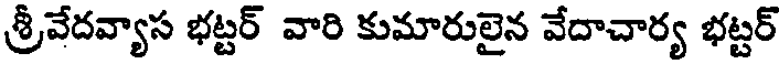
శ్రీవేదవ్యాస భట్టర్ వారి కుమారులైన వేదాచార్య భట్టర్